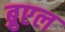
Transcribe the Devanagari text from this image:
ब्रुएल